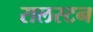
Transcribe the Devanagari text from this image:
रालस्टन